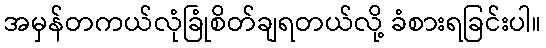
အမှန်တကယ်လုံခြုံစိတ်ချရတယ်လို့ ခံစားရခြင်းပါ။